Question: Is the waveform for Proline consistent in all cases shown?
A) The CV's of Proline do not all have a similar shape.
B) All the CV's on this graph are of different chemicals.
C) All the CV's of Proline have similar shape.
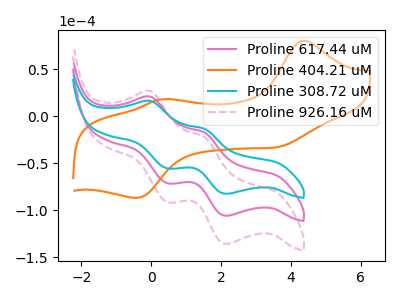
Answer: <think>The pink curve "Proline 617.44 uM" has anodic peaks at (-0.05V, 20.85uA) (1.50V, -17.15uA) and cathodic peaks at (0.45V, -71.15uA) (2.15V, -105.75uA). The orange curve "Proline 404.21 uM" has anodic peaks at (4.35V, 80.25uA) (0.30V, 18.00uA) and cathodic peaks at (3.65V, -32.65uA) (-0.45V, -86.80uA). The cyan curve "Proline 308.72 uM" has anodic peaks at (-0.05V, 16.25uA) (1.50V, -13.35uA) and cathodic peaks at (0.45V, -55.40uA) (2.15V, -82.40uA). The pink dashed curve "Proline 926.16 uM" has anodic peaks at (-0.05V, 41.70uA) (1.50V, -34.25uA) and cathodic peaks at (0.45V, -142.25uA) (2.15V, -211.50uA).
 "Proline 617.44 uM" and "Proline 404.21 uM" have at least one peak that do not match. All the peaks in "Proline 617.44 uM" have a peak in "Proline 308.72 uM" at the same potential. All the peaks in "Proline 617.44 uM" have a peak in "Proline 926.16 uM" at the same potential. "Proline 404.21 uM" and "Proline 308.72 uM" have at least one peak that do not match. "Proline 404.21 uM" and "Proline 926.16 uM" have at least one peak that do not match. All the peaks in "Proline 308.72 uM" have a peak in "Proline 926.16 uM" at the same potential.</think>
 <answer>C) All the CV's of "Proline" have similar shape.</answer>
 <eval>C</eval>